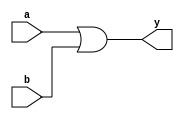
module orgate_st(a,b,y);
 input a,b;output y;
 or (y,a,b);
endmodule

module testbench_org;
 reg a,b;wire y;
 orgate_st org(a,b,y);
 initial begin
	$monitor($time,"a=%b,b=%b,y=%b",a,b,y);
	#10 a=0;b=0;
	#10 a=0;b=1;
	#10 a=1;b=0;
	#10 a=1;b=1;
	#10 $finish;
 end
endmodule